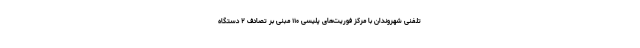
تلفنی شهروندان با مرکز فوریت‌های پلیسی ۱۱۰ مبنی بر تصادف ۲ دستگاه